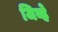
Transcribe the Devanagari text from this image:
जिव्हे